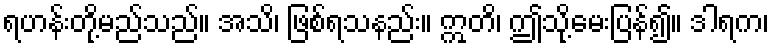
ရဟန်းတို့မည်သည်။ အသိ၊ ဖြစ်ရသနည်း။ ဣတိ၊ ဤသို့မေးပြန်၍။ ဒါရက၊